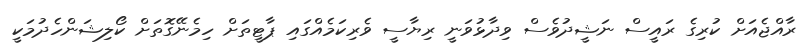
ރާއްޖެއަށް ކުރިގެ ރައީސް ނަޝީދުވެސް ވިދާޅުވަނީ ރިޔާސީ ވެރިކަމެއްގައި ޕާޓީތަށް ހިމެނޭގޮތަށް ކޯލިޝަންހެދުމަކީ